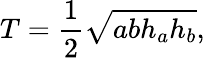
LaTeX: T={\frac{1}{2}}{\sqrt{abh_{a}h_{b}}},